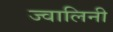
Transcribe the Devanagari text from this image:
ज्वालिनी